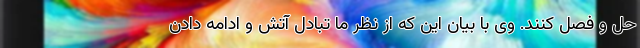
حل و فصل کنند. وی با بیان این که از نظر ما تبادل آتش و ادامه دادن